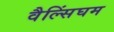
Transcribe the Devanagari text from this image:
वैल्सिंघम